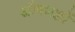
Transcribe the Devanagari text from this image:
औषधज्ञों